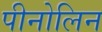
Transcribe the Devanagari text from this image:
पीनोलिन